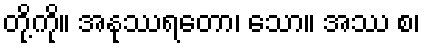
တို့ကို။ အနုဿရတော၊ သော။ အဿ စ၊